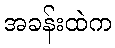
အခန်းထဲက